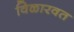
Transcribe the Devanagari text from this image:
विळारवत